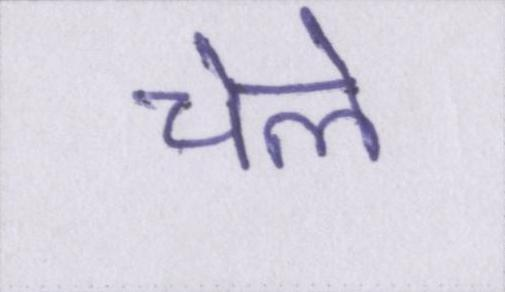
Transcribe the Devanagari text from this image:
चेले